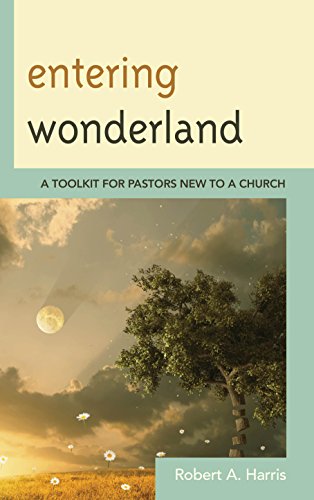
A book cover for Entering Wonderland: A Toolkit for Pastors New to a Church; Robert A. Harris; Christian Books & Bibles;